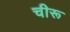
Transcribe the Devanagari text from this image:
चीरू